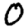
Digit: 0